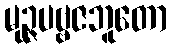
မုဉ္ဇပဗ္ဗဇဘူတော